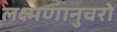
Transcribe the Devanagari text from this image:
लक्ष्मणानुचरो